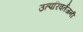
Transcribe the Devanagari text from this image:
उत्परिवर्तजनी